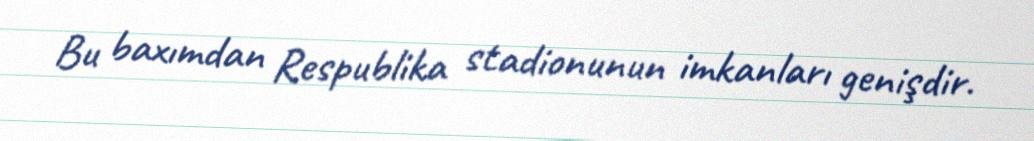
Bu baxımdan Respublika stadionunun imkanları genişdir.